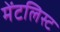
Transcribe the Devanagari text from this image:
मेंटलिस्ट